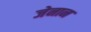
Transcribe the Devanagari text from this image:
जेनान